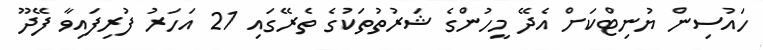
ހައުސިން ޔުނިޓްކަށް އެދޭ މީހުންގެ ޝަރުތުތަކުގެ ތެރޭގައި 21 އަހަރު ފުރިފައިވާ ފޭދޫ